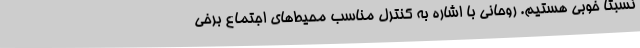
نسبتا خوبی هستیم. روحانی با اشاره به کنترل مناسب محیط‌های اجتماع برخی